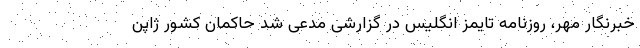
خبرنگار مهر، روزنامه تایمز انگلیس در گزارشی مدعی شد حاکمان کشور ژاپن